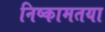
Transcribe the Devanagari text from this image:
निष्कामतया